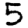
Digit: 5